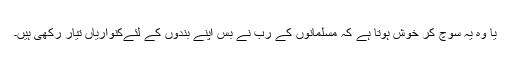
یا وہ یہ سوچ کر خوش ہوتا ہے کہ مسلمانوں کے رب نے بس اپنے بندوں کے لئےکنواریاں تیار رکھی ہیں۔